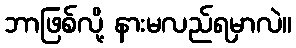
ဘာဖြစ်လို့ နားမလည်ရမှာလဲ။